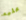
عليه